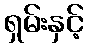
ရှမ်းနှင့်